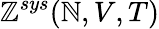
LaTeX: \mathbb{Z}^{sys}(\mathbb{N},V,T)